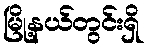
မြို့နယ်တွင်းရှိ